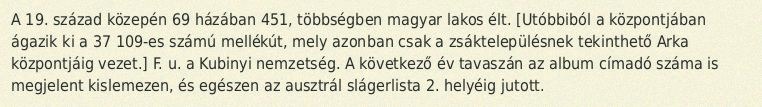
A 19. század közepén 69 házában 451, többségben magyar lakos élt. [Utóbbiból a központjában ágazik ki a 37 109-es számú mellékút, mely azonban csak a zsáktelepülésnek tekinthető Arka központjáig vezet.] F. u. a Kubinyi nemzetség. A következő év tavaszán az album címadó száma is megjelent kislemezen, és egészen az ausztrál slágerlista 2. helyéig jutott.